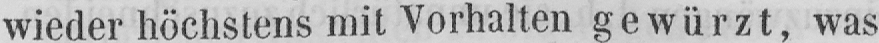
wieder höchstens mit Vorhalten gewürzt, was